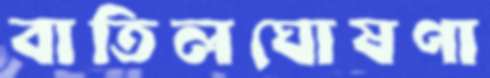
বাতিলঘোষণা